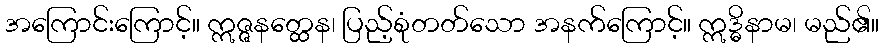
အကြောင်းကြောင့်။ ဣဇ္ဇနတ္ထေန၊ ပြည့်စုံတတ်သော အနက်ကြောင့်။ ဣဒ္ဓိနာမ၊ မည်၏။